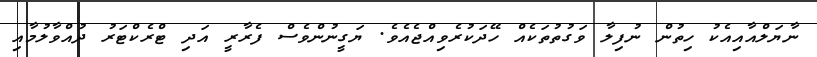
ނާޔަލްއާއިއެކު ހިތުން ނުފިލާ ވަގުތުތަކެއް ހޭދަކުރެވިއްޖެއެވެ. ޔަގީނުންވެސް ފެރާރީ އަދި ޓްރެކްޓަރު ދުއްވާލުމާއި